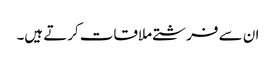
ان سے فرشتے ملاقات کرتے ہیں۔